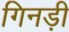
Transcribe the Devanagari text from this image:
गिनड़ी